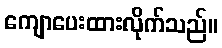
ကျောပေးထားလိုက်သည်။